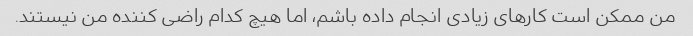
من ممکن است کارهای زیادی انجام داده باشم، اما هیچ کدام راضی کننده من نیستند.